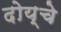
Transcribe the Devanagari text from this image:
दोय्चे